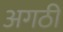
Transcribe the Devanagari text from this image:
अगठी